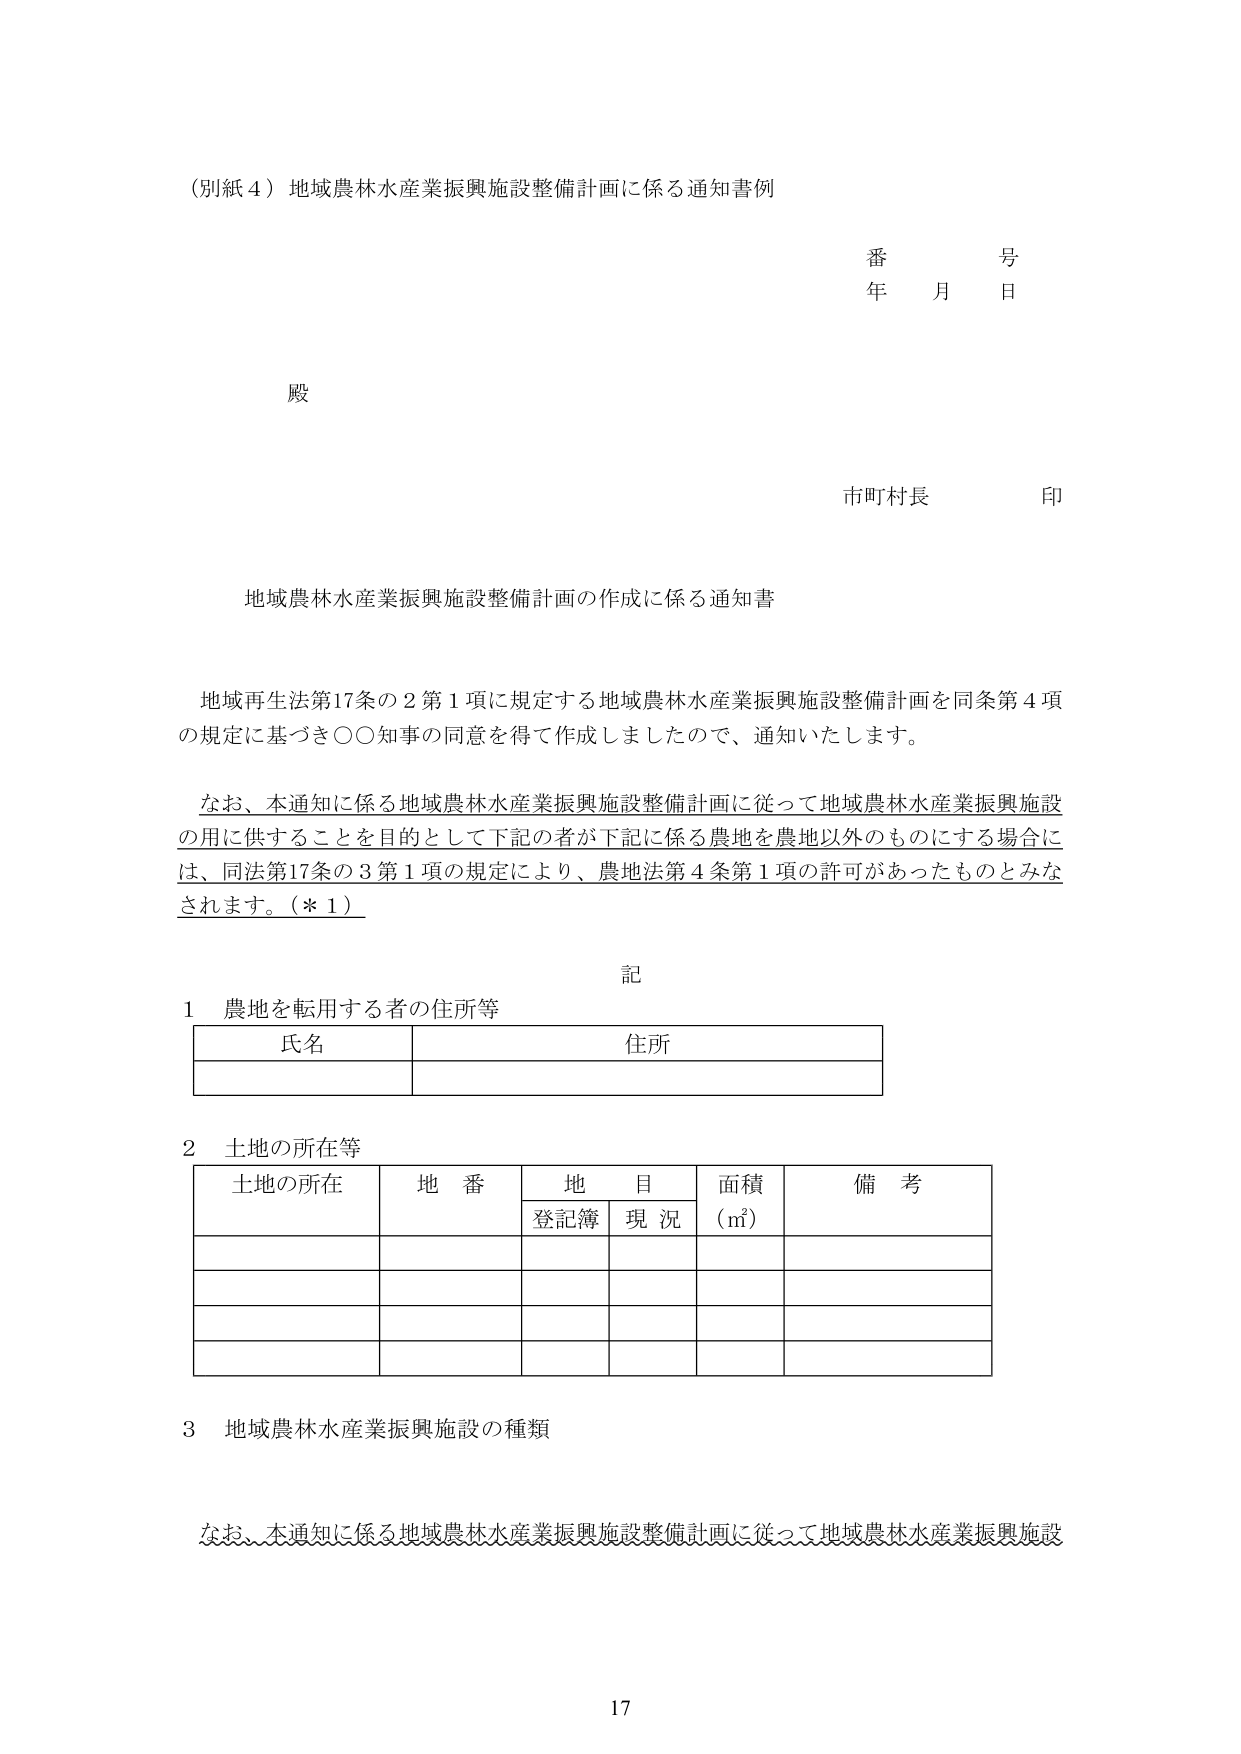
（別紙４）地域農林水産業振興施設整備計画に係る通知書例

番　　号
年　　月　　日

殿

市町村長　　印

地域農林水産業振興施設整備計画の作成に係る通知書

地域再生法第17条の2第1項に規定する地域農林水産業振興施設整備計画を同条第4項の規定に基づき〇〇知事の同意を得て作成しましたので、通知いたします。

なお、本通知に係る地域農林水産業振興施設整備計画に従って地域農林水産業振興施設の用に供することを目的として下記の者が下記に係る農地を農地以外のものにする場合には、同法第17条の3第1項の規定により、農地法第4条第1項の許可があったものとみなされます。（＊1）

記

1　農地を転用する者の住所等
　　氏名　　　　　　　　　　　　　　　住所

2　土地の所在等
　　土地の所在　　地番　　地目　　面積（㎡）　　備考
　　　　　　　　　　　登記簿　　現況

3　地域農林水産業振興施設の種類

なお、本通知に係る地域農林水産業振興施設整備計画に従って地域農林水産業振興施設

17